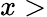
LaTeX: x>